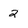
Character: 2